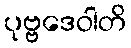
ပုဗ္ဗဒေဝါတိ